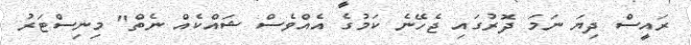
ރައީސް ދިޔަ ނަމަ ދޮރުގައި ޖެހޭނެ ކަމުގެ އެއްވެސް ޝައްކެއް ނެތް" މިނިސްޓަރު